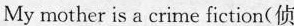
My mother is a crime fiction(侦